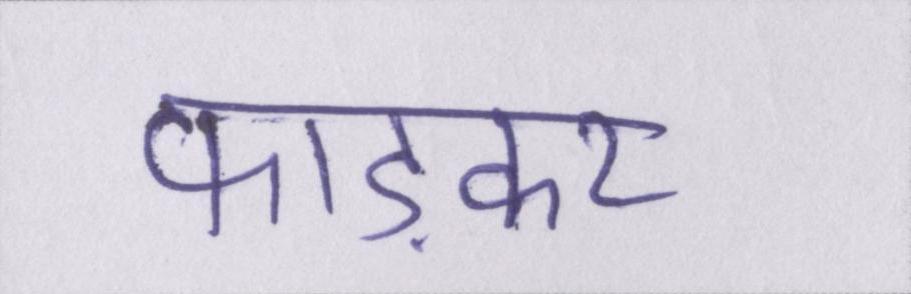
फाड़कर